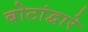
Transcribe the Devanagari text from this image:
बोटांद्वारे